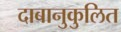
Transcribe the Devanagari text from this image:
दाबानुकुलित